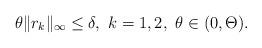
LaTeX: \begin{align*}\theta \|r_k\|_{\infty} \leq \delta, \ k = 1,2 , \ \theta \in (0, \Theta ).\end{align*}